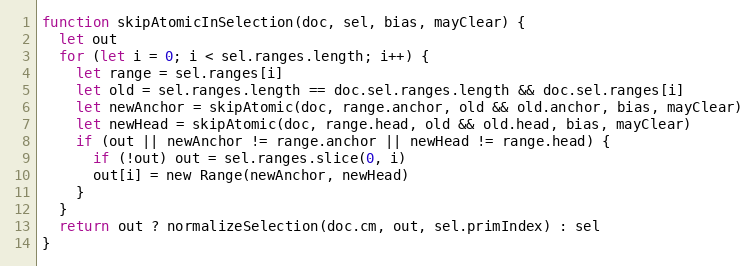
Language: JavaScript
function skipAtomicInSelection(doc, sel, bias, mayClear) {
  let out
  for (let i = 0; i < sel.ranges.length; i++) {
    let range = sel.ranges[i]
    let old = sel.ranges.length == doc.sel.ranges.length && doc.sel.ranges[i]
    let newAnchor = skipAtomic(doc, range.anchor, old && old.anchor, bias, mayClear)
    let newHead = skipAtomic(doc, range.head, old && old.head, bias, mayClear)
    if (out || newAnchor != range.anchor || newHead != range.head) {
      if (!out) out = sel.ranges.slice(0, i)
      out[i] = new Range(newAnchor, newHead)
    }
  }
  return out ? normalizeSelection(doc.cm, out, sel.primIndex) : sel
}